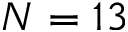
N = 1 3